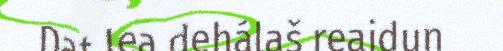
Dat lea dehálaš reaidun